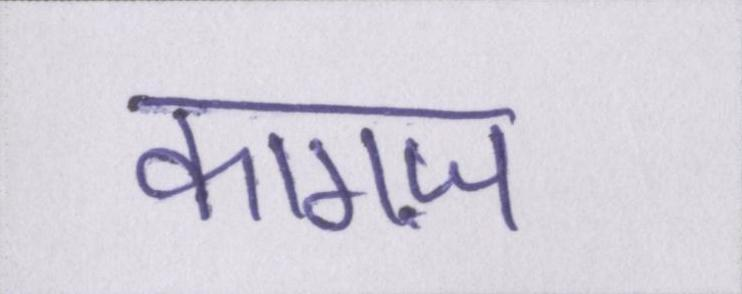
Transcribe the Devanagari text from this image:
कागज़